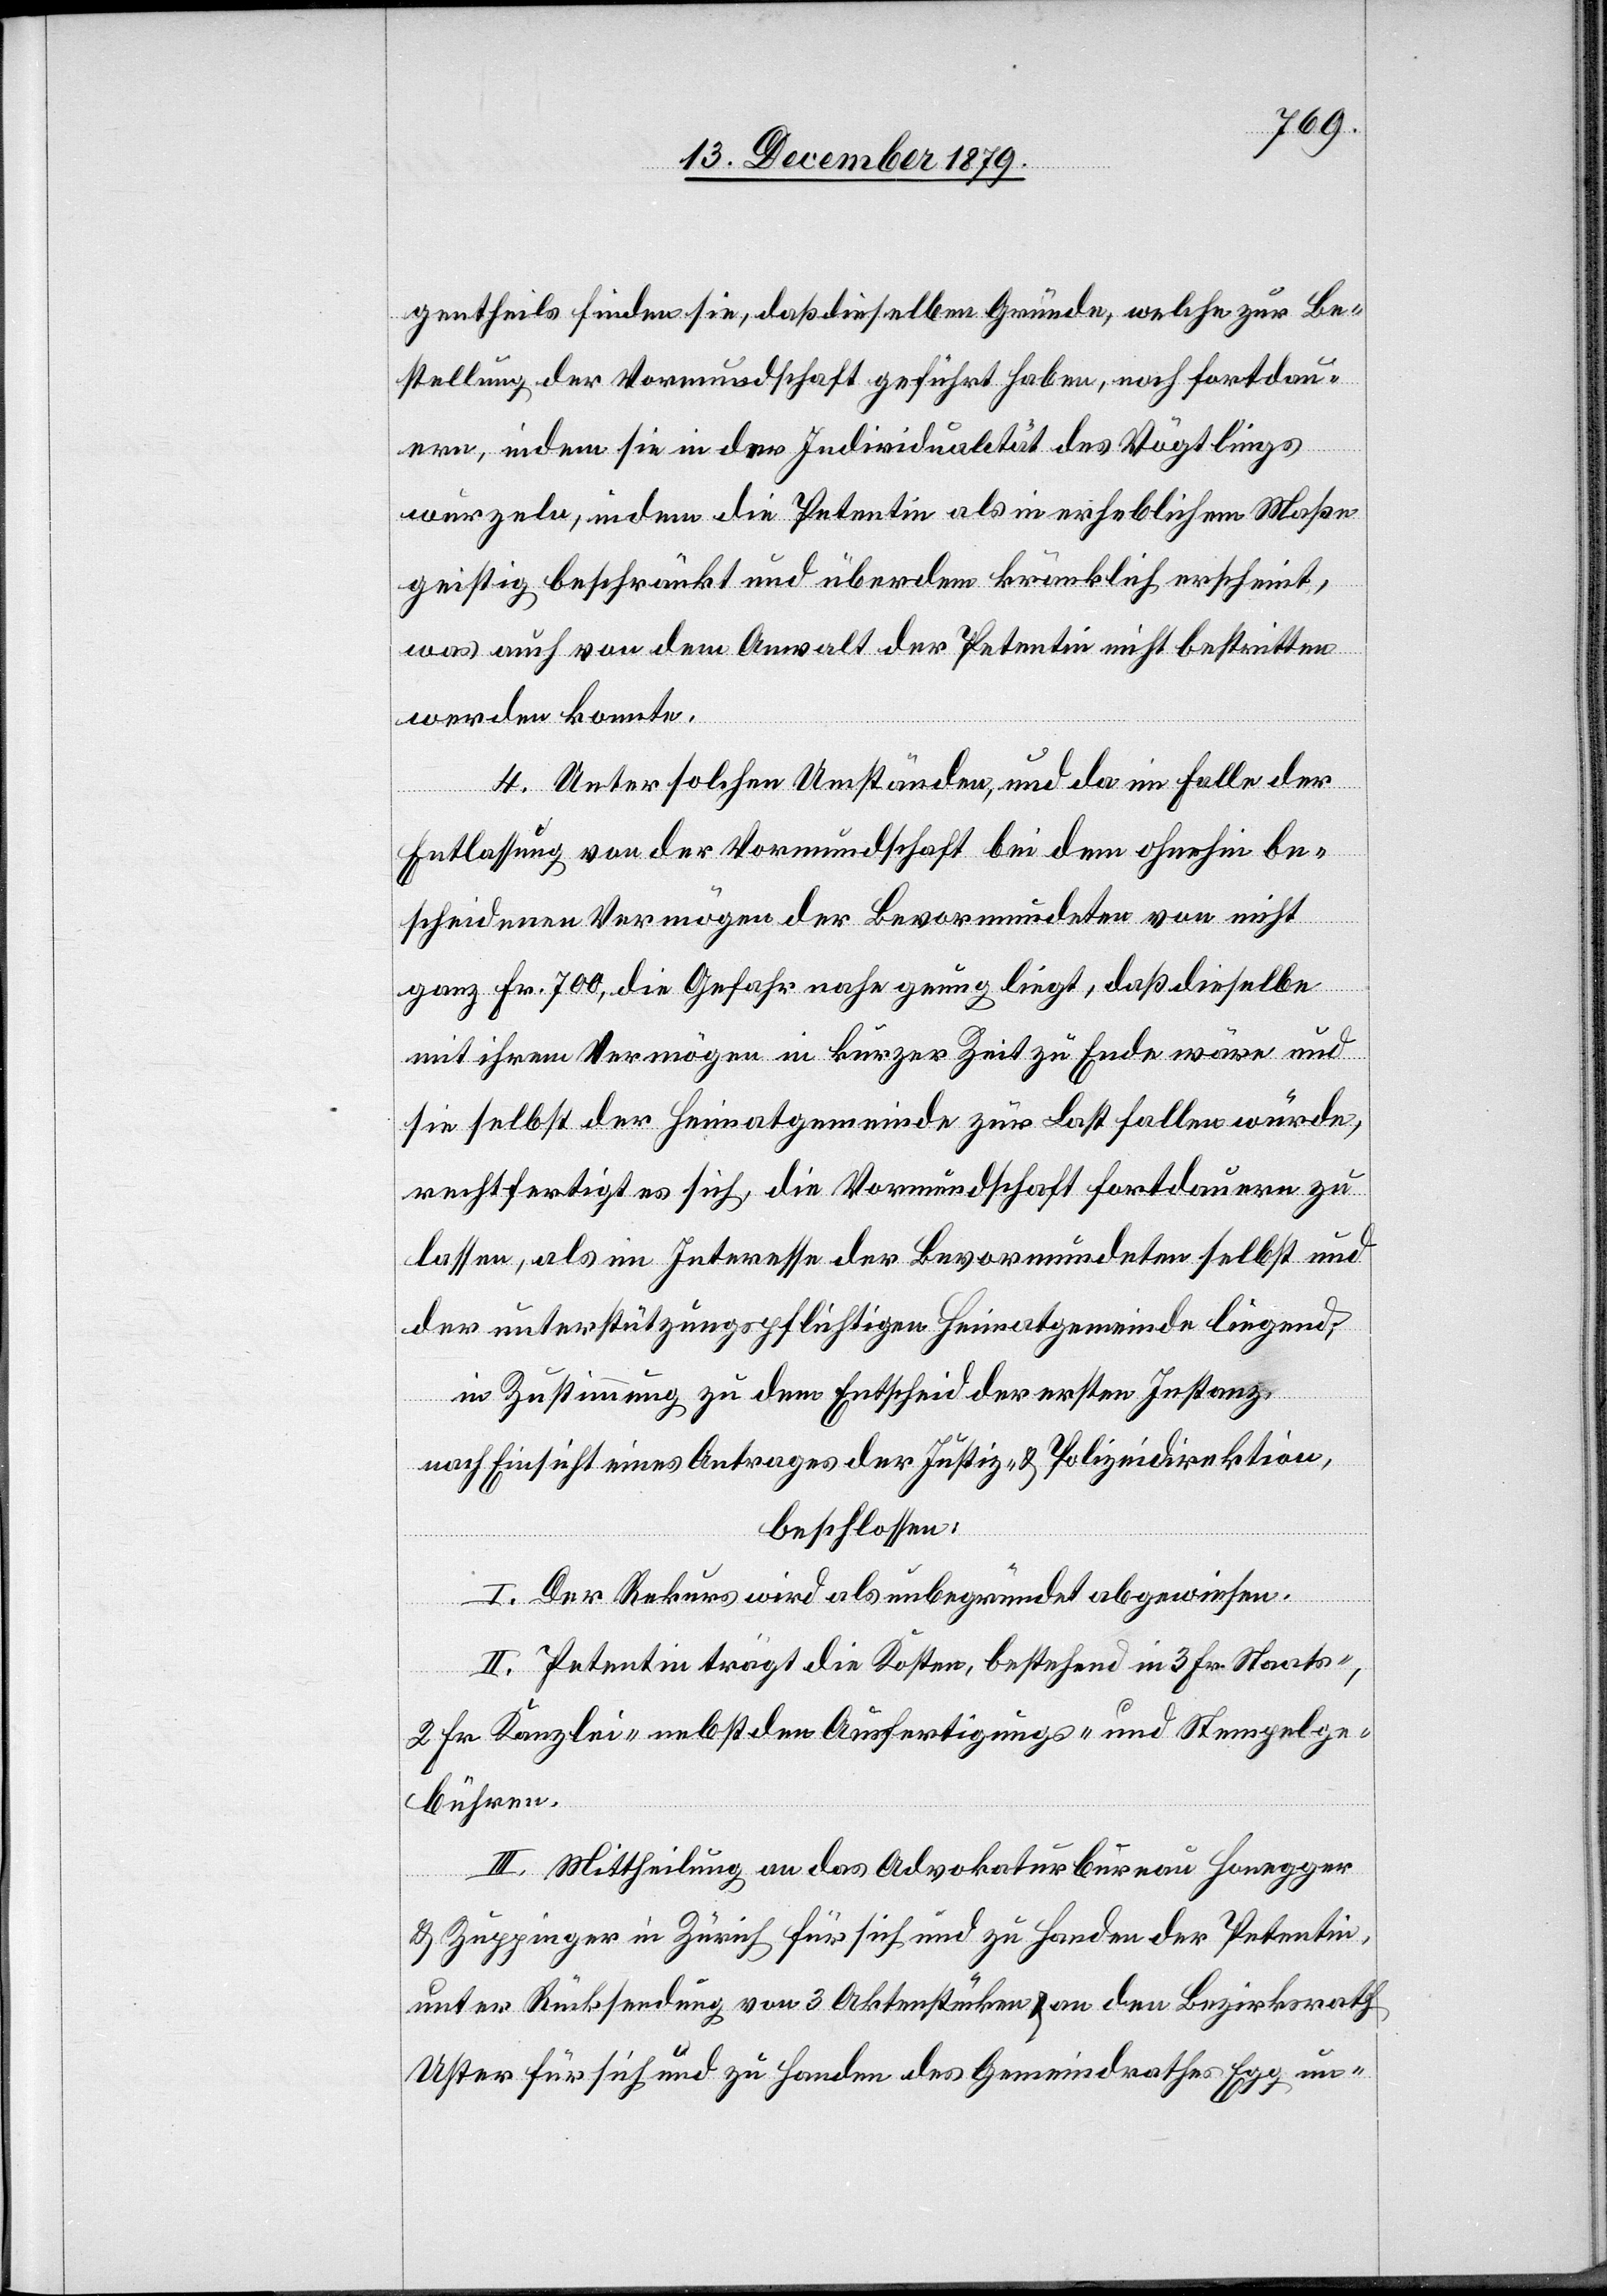
gentheils finden sie, daß dieselben Gründe, welche zur Be¬
stellung der Vormundschaft geführt haben, noch fortdau¬
ern, indem sie in der Individualität des Vögtlings
wurzeln, indem die Petentin als in erheblichem Maße
geistig beschränkt und überdem kränklich erscheint,
was auch von dem Anwalt der Petentin nicht bestritten
werden konnte.
4. Unter solchen Umständen, und da im Falle der
Entlassung von der Vormundschaft bei dem ohnehin be¬
scheidenen Vermögen der Bevormundeten von nicht
ganz Fr. 700, die Gefahr nahe genug liegt, daß dieselbe
mit ihrem Vermögen in kurzer Zeit zu Ende wäre und
sie selbst der Heimatgemeinde zur Last fallen würde,
rechtfertigt es sich, die Vormundschaft fortdauern zu
lassen, als im Interesse der Bevormundeten selbst und
der unterstützungspflichtigen Heimatgemeinde liegend;
in Zustimmung zu dem Entscheid der ersten Instanz,
nach Einsicht eines Antrages der Justiz- & Polizeidirektion,
beschlossen:
I. Der Rekurs wird als unbegründet abgewiesen.
II. Petentin trägt die Kosten, bestehend in 3 Fr. Staats-.
2 Fr. Kanzlei- nebst den Ausfertigungs- und Stempelge¬
bühren.
III. Mittheilung an das Advokaturbureau Honegger
& Zuppinger in Zürich für sich und zu Handen der Petentin,
unter Rücksendung von 3 Aktenstücken & an den Bezirksrath
Uster für sich und zu Handen des Gemeindrathes Egg un-